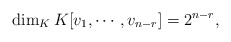
\begin{align*}\dim_K K[v_1,\cdots,v_{n-r}]=2^{n-r},\end{align*}